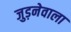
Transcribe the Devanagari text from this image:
जुड़नेवाला